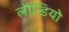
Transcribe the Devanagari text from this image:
लौन्डियोे